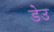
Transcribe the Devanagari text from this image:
डेउ